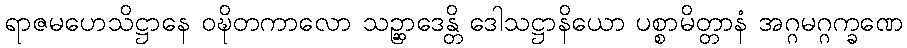
ရာဇမဟေသိဋ္ဌာနေ ဝဍ္ဎိတကာလော သဉ္ဆာဒေန္တိ ဒေါသဋ္ဌာနိယော ပစ္စာမိတ္တာနံ အဂ္ဂမဂ္ဂက္ခဏေ